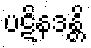
ပဋိနဒန္တိ